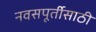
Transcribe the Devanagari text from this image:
नवसपूर्तीसाठी